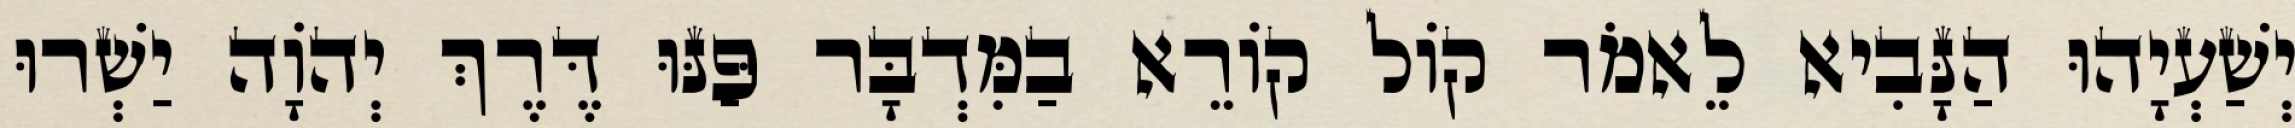
יְשַׁעְיָהוּ הַנָּבִיא לֵאמֹר קוֹל קוֹרֵא בַמִּדְבָּר פַּנּוּ דֶּרֶךְ יְהוָֹה יַשְׁרוּ